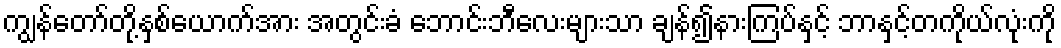
ကျွန်တော်တို့နှစ်ယောက်အား အတွင်းခံ ဘောင်းဘီလေးများသာ ချန်၍နားကြပ်နှင့် ဘာနှင့်တကိုယ်လုံးကို